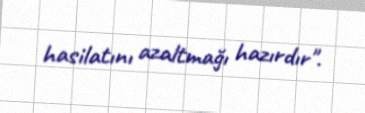
hasilatını azaltmağı hazırdır".